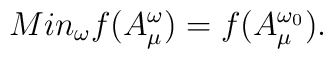
Min_{\omega}f(A^{\omega}_{\mu}) = f(A^{\omega_{0}}_{\mu}).